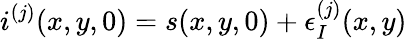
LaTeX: i^{(j)}(x,y,0)=s(x,y,0)+\epsilon_{I}^{(j)}(x,y)